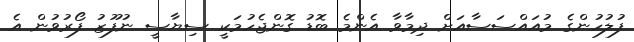
ފުލުހުންގެ މުއައްސަސާއަށް ދިމާވާ އެންމެ ބޮޑު ގޮންޖެހުމަކީ ސިޔާސީ ނުފޫޒު ފޯރުވުން އެ